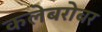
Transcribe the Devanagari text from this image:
कलेबरोबर